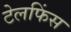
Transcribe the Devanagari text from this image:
टेलफिंस